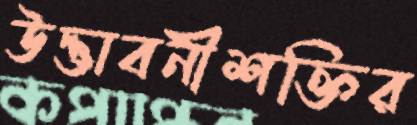
উদ্ভাবনীশক্তির